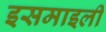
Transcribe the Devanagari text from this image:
इसमाइली